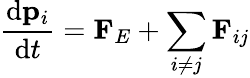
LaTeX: {\frac{\mathrm{d}\mathbf{p}_{i}}{\mathrm{d}t}}=\mathbf{F}_{E}+\sum_{i\neq j}\mathbf{F}_{ij}